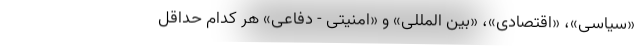
«سیاسی»، «اقتصادی»، «بین المللی» و «امنیتی - دفاعی» هر کدام حداقل